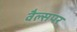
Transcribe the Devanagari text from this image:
वैल्सपर